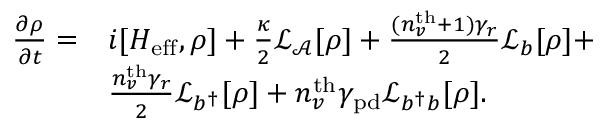
\begin{array} { r l r } { \frac { \partial \rho } { \partial t } = } & { i [ H _ { \mathrm { e f f } } , \rho ] + \frac { \kappa } { 2 } \mathcal { L } _ { \mathcal { A } } [ \rho ] + \frac { ( n _ { v } ^ { \mathrm { t h } } + 1 ) \gamma _ { r } } { 2 } \mathcal { L } _ { b } [ \rho ] + } & \\ & { \frac { n _ { v } ^ { \mathrm { t h } } \gamma _ { r } } { 2 } \mathcal { L } _ { b ^ { \dagger } } [ \rho ] + { n _ { v } ^ { \mathrm { t h } } \gamma _ { \mathrm { p d } } } \mathcal { L } _ { b ^ { \dagger } b } [ \rho ] . } & \end{array}